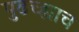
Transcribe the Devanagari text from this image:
पुढच्ह्याच